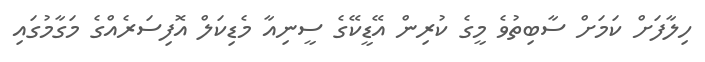
ހިލާފަށް ކަމަށް ސާބިތުވެ މީގެ ކުރިން އޭޑީކޭގެ ސީނިއާ މެޑިކަލް އޮފިސަރެއްގެ މަގާމުގައި